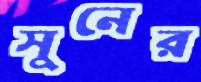
সুনের